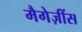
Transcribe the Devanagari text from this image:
मैगेज़ींस